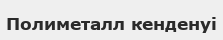
Полиметалл кенденуі